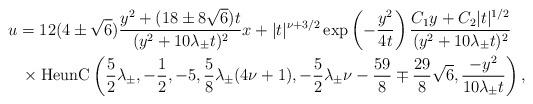
LaTeX: \begin{gather*}u=12(4\pm\sqrt6)\frac{y^2+(18\pm8\sqrt6)t}{(y^2+10\lambda_\pm t)^2}x+|t|^{\nu+3/2}\exp\left(-\frac{y^2}{4t}\right)\frac{C_1y+C_2|t|^{1/2}}{(y^2+10\lambda_\pm t)^2}\\ \phantom{u=}\times\mathop{\rm HeunC}\left(\frac52\lambda_\pm,-\frac12,-5,\frac58\lambda_\pm(4\nu+1),-\frac52\lambda_\pm\nu-\frac{59}8\mp\frac{29}8\sqrt6,\frac{-y^2}{10\lambda_\pm t}\right),\end{gather*}